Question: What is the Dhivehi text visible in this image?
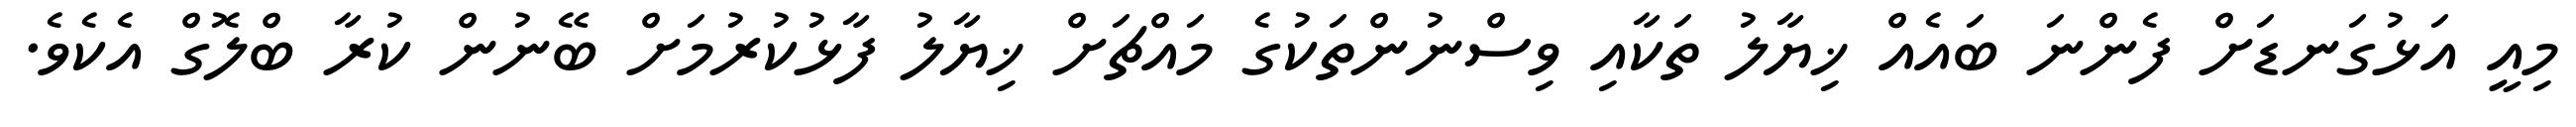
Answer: މިއީ އަޅުގަނޑަށް ފެންނަ ބައެއް ޚިޔާލު ތަކާއި ވިސްނުންތަކުގެ މައްޗަށް ޚިޔާލު ފާޅުކުރުމަށް ބޭނުން ކުރާ ބްލޮގް އެކެވެ.